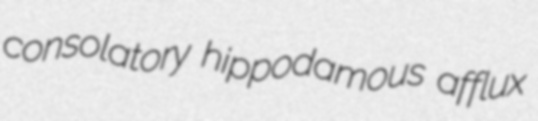
consolatory hippodamous afflux